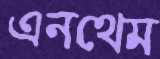
এনথেম